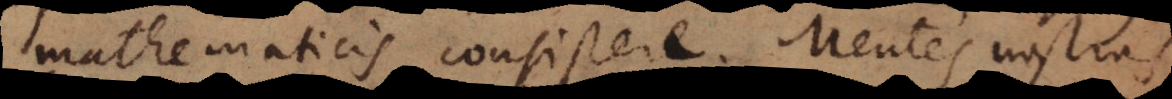
mathematicis consistere. Mentes nostra